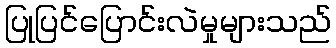
ပြုပြင်ပြောင်းလဲမှုများသည်